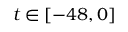
t \in [ - 4 8 , 0 ]